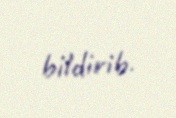
bildirib.